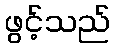
ဖွင့်သည်